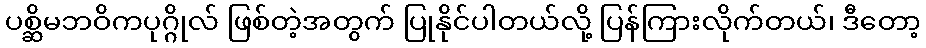
ပစ္ဆိမဘဝိကပုဂ္ဂိုလ် ဖြစ်တဲ့အတွက် ပြုနိုင်ပါတယ်လို့ ပြန်ကြားလိုက်တယ်၊ ဒီတော့